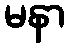
မနာ